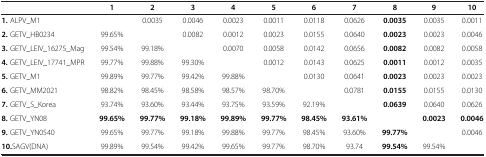
<table><thead><tr><td><b> </b></td><td><b>1</b></td><td><b>2</b></td><td><b>3</b></td><td><b>4</b></td><td><b>5</b></td><td><b>6</b></td><td><b>7</b></td><td><b>8</b></td><td><b>9</b></td><td><b>10</b></td></tr></thead><tbody><tr><td><b>1.</b> ALPV_M1</td><td> </td><td>0.0035</td><td>0.0046</td><td>0.0023</td><td>0.0011</td><td>0.0118</td><td>0.0626</td><td><b>0.0035</b></td><td>0.0035</td><td>0.0011</td></tr><tr><td><b>2.</b> GETV_HB0234</td><td>99.65%</td><td> </td><td>0.0082</td><td>0.0012</td><td>0.0023</td><td>0.0155</td><td>0.0640</td><td><b>0.0023</b></td><td>0.0023</td><td>0.0046</td></tr><tr><td><b>3.</b> GETV_LEIV_16275_Mag</td><td>99.54%</td><td>99.18%</td><td> </td><td>0.0070</td><td>0.0058</td><td>0.0142</td><td>0.0656</td><td><b>0.0082</b></td><td>0.0082</td><td>0.0058</td></tr><tr><td><b>4.</b> GETV_LEIV_17741_MPR</td><td>99.77%</td><td>99.88%</td><td>99.30%</td><td> </td><td>0.0012</td><td>0.0143</td><td>0.0625</td><td><b>0.0011</b></td><td>0.0012</td><td>0.0035</td></tr><tr><td><b>5.</b> GETV_M1</td><td>99.89%</td><td>99.77%</td><td>99.42%</td><td>99.88%</td><td> </td><td>0.0130</td><td>0.0641</td><td><b>0.0023</b></td><td>0.0023</td><td>0.0023</td></tr><tr><td><b>6.</b> GETV_MM2021</td><td>98.82%</td><td>98.45%</td><td>98.58%</td><td>98.57%</td><td>98.70%</td><td> </td><td>0.0781</td><td><b>0.0155</b></td><td>0.0155</td><td>0.0130</td></tr><tr><td><b>7.</b> GETV_S_Korea</td><td>93.74%</td><td>93.60%</td><td>93.44%</td><td>93.75%</td><td>93.59%</td><td>92.19%</td><td> </td><td><b>0.0639</b></td><td>0.0640</td><td>0.0626</td></tr><tr><td><b>8.</b> GETV_YN08</td><td><b>99.65%</b></td><td><b>99.77%</b></td><td><b>99.18%</b></td><td><b>99.89%</b></td><td><b>99.77%</b></td><td><b>98.45%</b></td><td><b>93.61%</b></td><td> </td><td><b>0.0023</b></td><td><b>0.0046</b></td></tr><tr><td><b>9.</b> GETV_YN0540</td><td>99.65%</td><td>99.77%</td><td>99.18%</td><td>99.88%</td><td>99.77%</td><td>98.45%</td><td>93.60%</td><td><b>99.77%</b></td><td> </td><td>0.0046</td></tr><tr><td><b>10.</b>SAGV(DNA)</td><td>99.89%</td><td>99.54%</td><td>99.42%</td><td>99.65%</td><td>99.77%</td><td>98.70%</td><td>93.74</td><td><b>99.54%</b></td><td>99.54%</td><td> </td></tr></tbody></table>